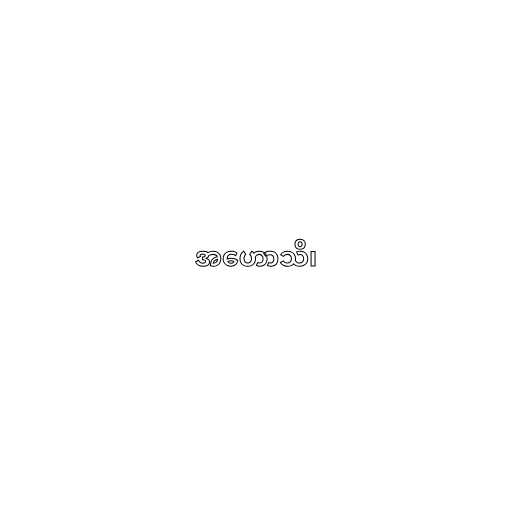
အဟောသိ၊